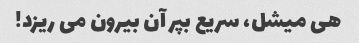
هی میشل، سریع بپر آن بیرون می ریزد!